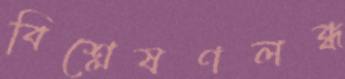
বিশ্লেষণলব্ধ